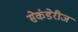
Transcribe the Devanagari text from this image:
सेकंडेरीज